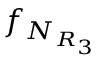
f _ { N _ { R _ { 3 } } }